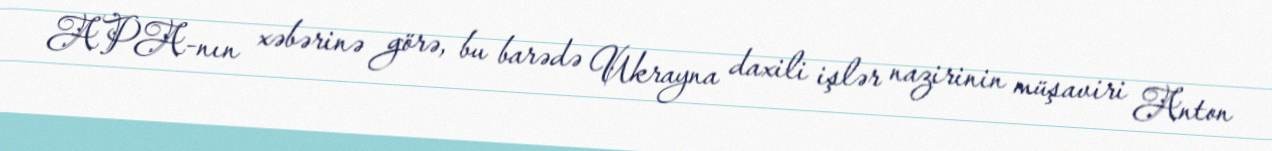
APA-nın xəbərinə görə, bu barədə Ukrayna daxili işlər nazirinin müşaviri Anton